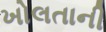
ખોલતાની